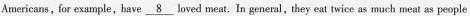
Americans, for example,have \underline{8} loved meat. In general,they eat twice as much meat as people